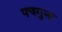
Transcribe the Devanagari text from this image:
पचगुना